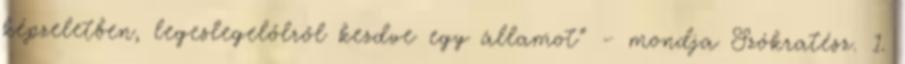
képzeletben, legeslegelőlről kezdve egy államot” – mondja Szókratész. 1.